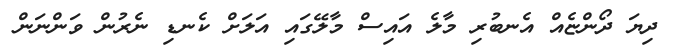
ދިޔަ ދޯންޏެއް އެނބުރި މާލެ އައިސް މާލޭގައި އަލަށް ކެނޑި ނެރުން ވަންނަން